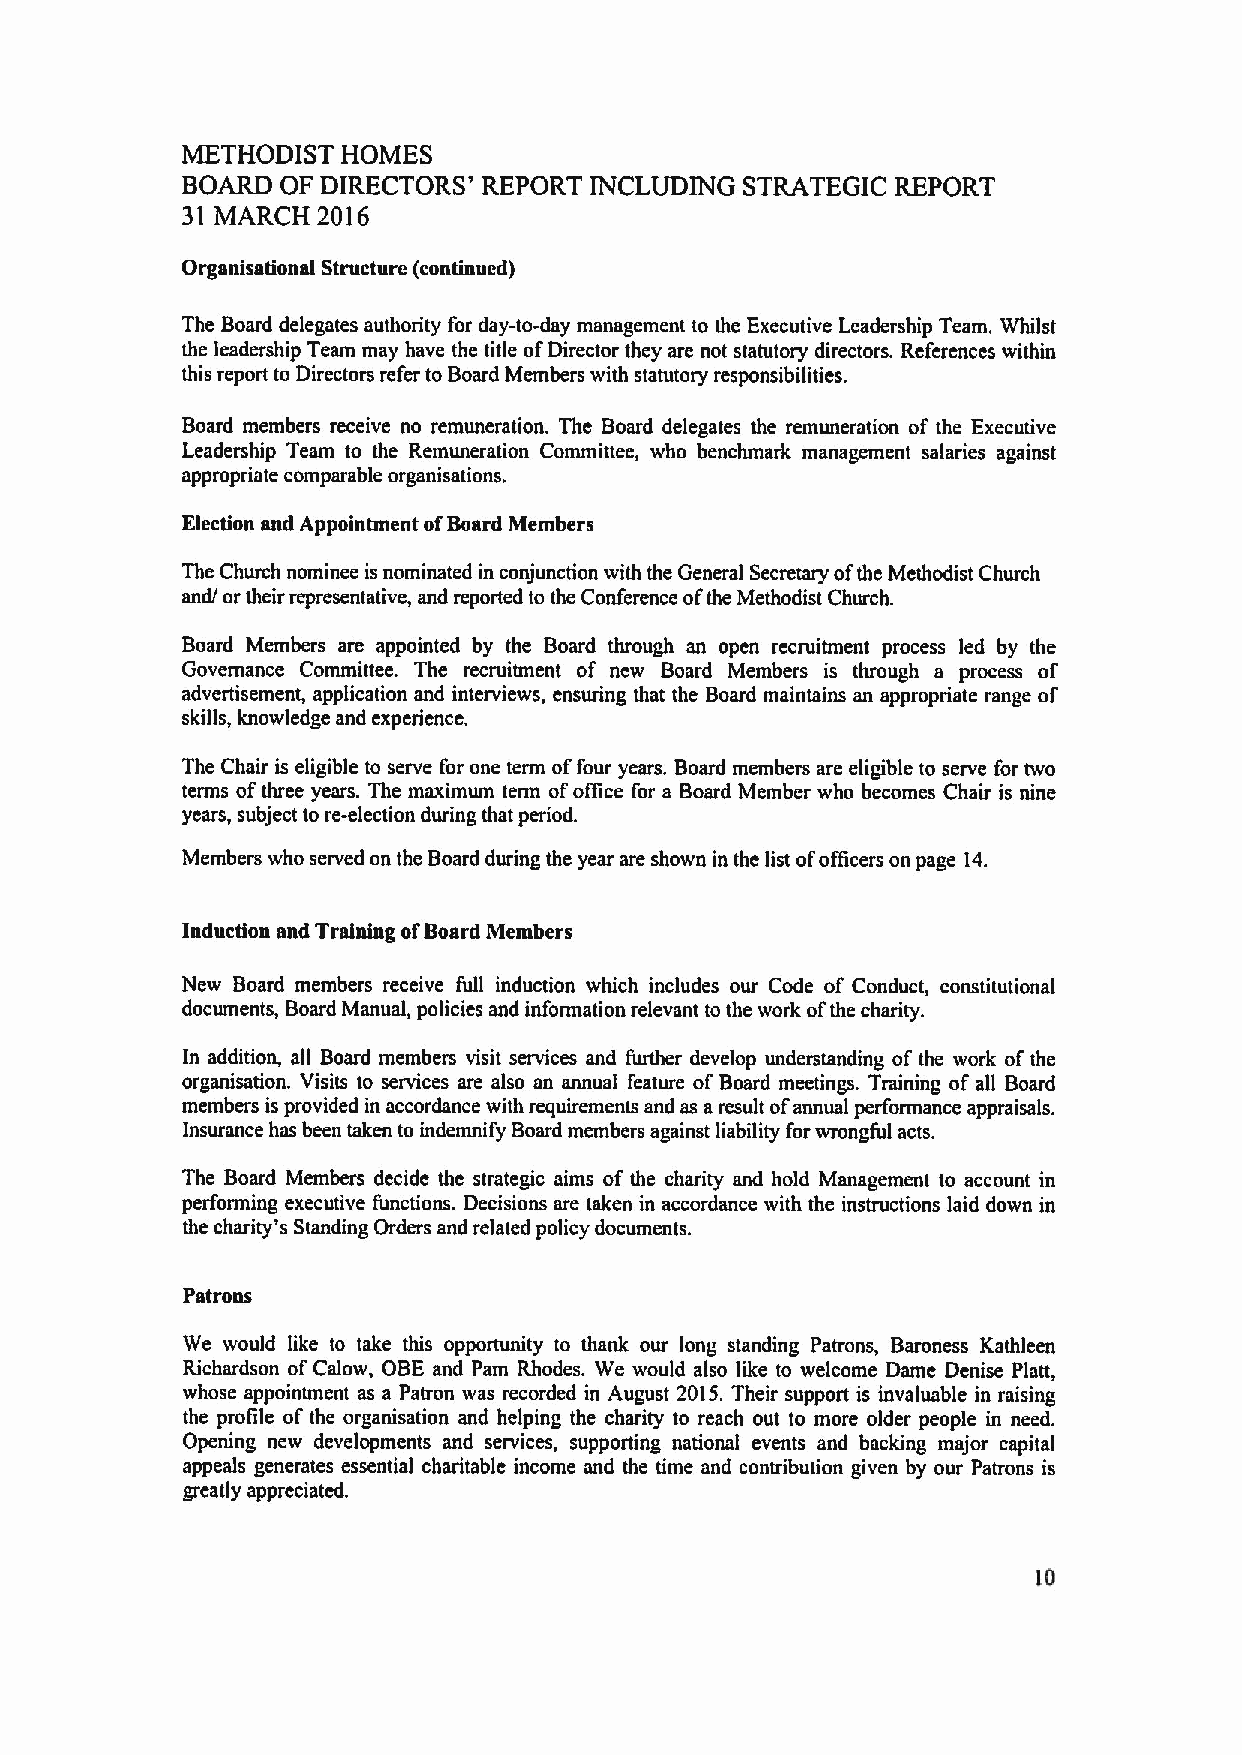
METHODIST  HOMES
 BOARD  OF DIRECTORS' REPORT INCLUDING STRATEGIC REPORT
 31 MARCH 2016
 Organisational Structure (continued)
 The Board delegates authority for day-to-day management to the Executive Leadership Team. Whilst
 the leadership Team may have the title ofDirector they are not statutory directors. References within
 this report to Directors refer to Board Members with statutory responsibilities.
 Board members receive no remuneration. The Board delegates the remuneration of the Executive
 Leadership Team to the Remuneration Committee, who benchmark management salaries against
 appropriate comparable organisations.
 Election and Appointment ofBoard Members
 The Church nominee is nominated in conjunction with the General Secretary ofthe Methodist Church
 and/ or their representative, and reported to the Conference ofthe Methodist Church.
 Board Members are appointed by the Board through an open recruitment process led by the
 Governance Committee. The recruitment of new Board Members is through a process of
 advertisement, application and interviews, ensuring that the Board maintains an appropriate range of
 skills, knowledge and experience.
 The Chair is eligible to serve for one term offour years. Board members are eligible to serve for two
 terms ofthree years. The maximum term ofoffice for a Board Member who becomes Chair is nine
 years, subject to re-election during that period.
 Members who served on the Board during the year are shown in the list ofotTicers on page 14.
 Induction and Training ofBoard Members
 New Board members receive full induction which includes our Code of Conduct, constitutional
 documents, Board Manual, policies and information relevant to the work ofthe charity.
 In addition, all Board members visit services and further develop understanding of the work ofthe
 organisation. Visits to services are also an annual feature ofBoard meetings. Training of all Board
 members is provided in accordance with requirements and as aresult ofannual performance appraisals.
 Insurance has been taken to indemnify Board members against liability forwrongful acts.
 The Board Members decide the strategic aims of the charity and hold Management to account in
 performing executive functions. Decisions are taken in accordance with the instructions laid down in
 the charity's Standing Orders and related policy documents.
 Patrons
 We would like to take this opportunity to thank ow long standing Patrons, Baroness Kathleen
 Richardson of Calow, OBE and Pam Rhodes. We would also like to welcome Dame Denise Platt,
 whose appointment as a Patron was recorded in August 2015.Their support is invaluable in raising
 the profile of the organisation and helping the charity to reach out to more older people in need.
 Opening new developments and services, supporting national events and backing major capital
 appeals generates essential charitable income and the time and contribution given by our Patrons is
 greatly appreciated.
 10